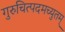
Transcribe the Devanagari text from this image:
गुरुचित्पदमच्युतम्